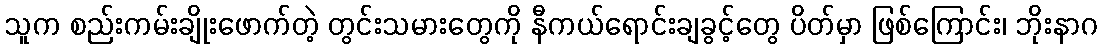
သူက စည်းကမ်းချိုးဖောက်တဲ့ တွင်းသမားတွေကို နီကယ်ရောင်းချခွင့်တွေ ပိတ်မှာ ဖြစ်ကြောင်း၊ ဘိုးနာဂ